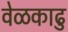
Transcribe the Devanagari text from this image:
वेळकाढु